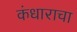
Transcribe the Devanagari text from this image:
कंधाराचा